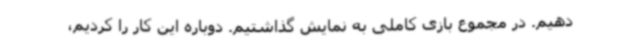
دهیم. در مجموع بازی کاملی به نمایش گذاشتیم. دوباره این کار را کردیم‌،